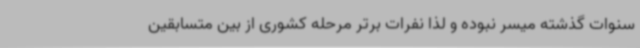
سنوات گذشته میسر نبوده و لذا نفرات برتر مرحله کشوری از بین متسابقین